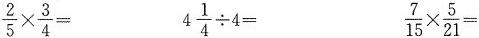
$$\frac{2}{5}\times \frac{3}{4}=$$ $$4 \frac{1}{4}\div 4=$$ $$\frac{7}{15}\times \frac{5}{21}=$$